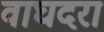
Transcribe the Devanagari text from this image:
वाघदरा